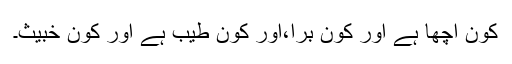
کون اچھا ہے اور کون بُرا،اور کون طیب ہے اور کون خبیث۔